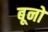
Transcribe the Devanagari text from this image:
बूनो